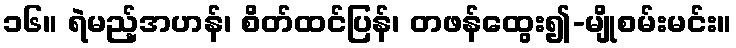
၁၆။ ရဲမည့်အဟန်၊ စိတ်ထင်ပြန်၊ တဖန်ထွေး၍-မျိုစမ်းမင်း။